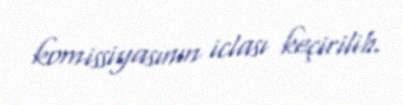
komissiyasının iclası keçirilib.